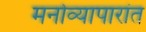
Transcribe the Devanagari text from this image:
मनोव्यापारांत